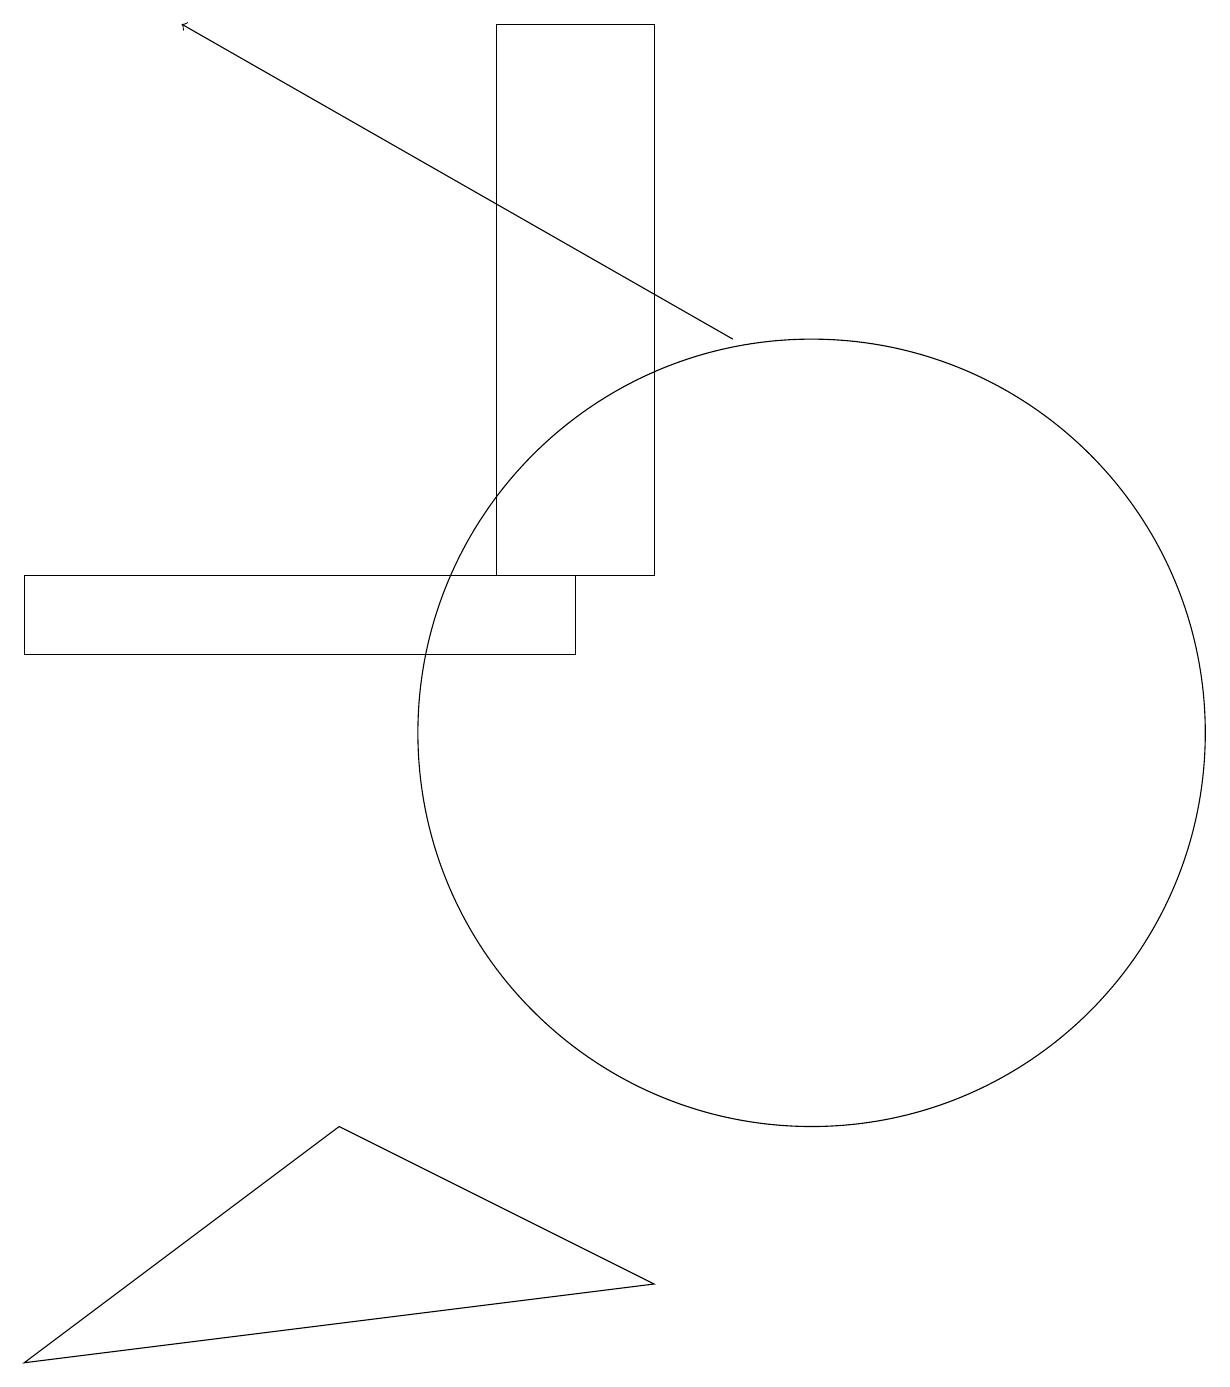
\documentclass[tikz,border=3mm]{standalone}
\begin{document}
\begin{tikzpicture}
\draw[->] (9,15) -- (2,19);
\draw (7,11) rectangle (0,12);
\draw (10,10) circle (5);
\draw (8,12) rectangle (6,19);
\draw (4,5) -- (0,2) -- (8,3) -- cycle;
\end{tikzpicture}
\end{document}